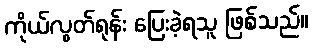
ကိုယ်လွတ်ရုန်း ပြေးခဲ့ရသူ ဖြစ်သည်။